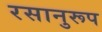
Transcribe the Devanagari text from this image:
रसानुरूप